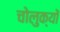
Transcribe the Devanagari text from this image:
चोलुक्यों